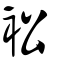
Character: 衳